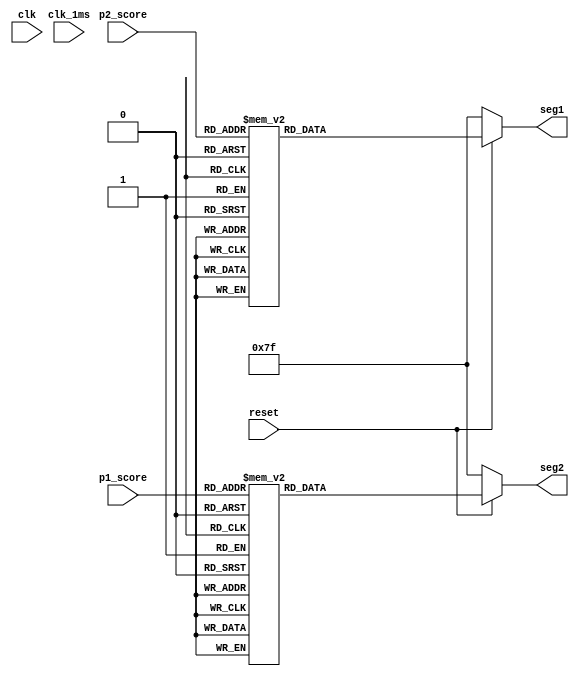
module seven_seg (
	input clk, clk_1ms, reset,
	input [3:0] p1_score, p2_score,
	output reg [6:0] seg1, seg2
	);
	
	always @ (*)
	begin
	if (!reset)
	begin
		seg1 = 7'b1111111;
		seg2 = 7'b1111111;
	end
	else 
	begin
		case (p2_score)
			4'h0 : seg1 = 7'b1000000;  // 0
			4'h1 : seg1 = 7'b1111001;  // 1
			4'h2 : seg1 = 7'b0100100;  // 2
			4'h3 : seg1 = 7'b0110000;  // 3
			4'h4 : seg1 = 7'b0011001;  // 4
			4'h5 : seg1 = 7'b0010010;  // 5
			4'h6 : seg1 = 7'b0000010;  // 6
			4'h7 : seg1 = 7'b1111000;  // 7
			4'h8 : seg1 = 7'b0000000;  // 8
			4'h9 : seg1 = 7'b0010000;  // 9
			default : seg1 = 7'b1111111;
		endcase
		
		case (p1_score)
			4'h0 : seg2 = 7'b1000000;  // 0
			4'h1 : seg2 = 7'b1111001;  // 1
			4'h2 : seg2 = 7'b0100100;  // 2
			4'h3 : seg2 = 7'b0110000;  // 3
			4'h4 : seg2 = 7'b0011001;  // 4
			4'h5 : seg2 = 7'b0010010;  // 5
			4'h6 : seg2 = 7'b0000010;  // 6
			4'h7 : seg2 = 7'b1111000;  // 7
			4'h8 : seg2 = 7'b0000000;  // 8
			4'h9 : seg2 = 7'b0010000;  // 9
			default : seg2 = 7'b1111111;
		endcase
	end
	end

endmodule